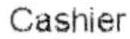
CASHIER